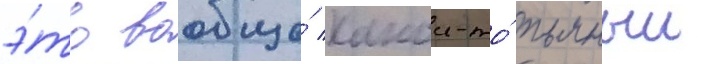
э́то вообще́ какои-то́ пьяныи